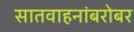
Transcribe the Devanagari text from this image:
सातवाहनांबरोबर